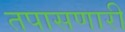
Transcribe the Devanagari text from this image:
तपासणारी